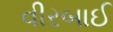
વીરબાઈ